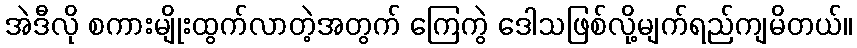
အဲဒီလို စကားမျိုးထွက်လာတဲ့အတွက် ကြေကွဲ ဒေါသဖြစ်လို့မျက်ရည်ကျမိတယ်။